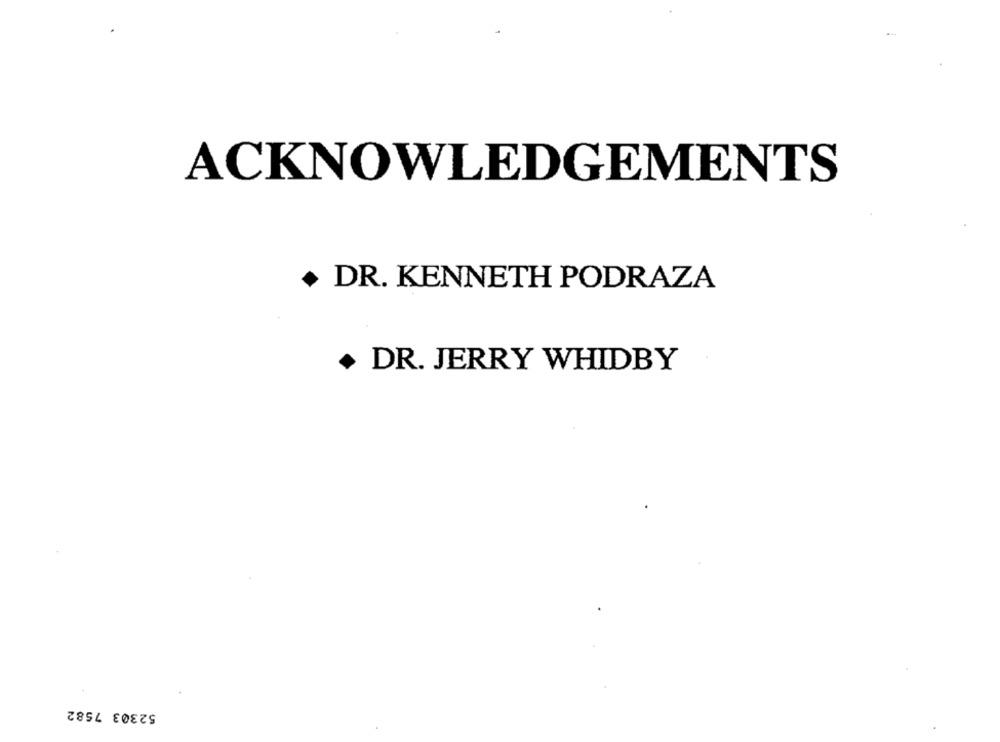
ACKNOWLEDGEMENTS
DR. KENNETH PODRAZA
DR. JERRY WHIDBY
52303 7582